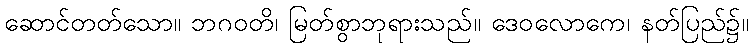
ဆောင်တတ်သော။ ဘဂဝတိ၊ မြတ်စွာဘုရားသည်။ ဒေဝလောကေ၊ နတ်ပြည်၌။